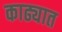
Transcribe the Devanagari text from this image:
काढ्यात